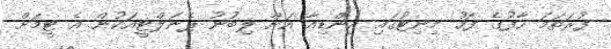
ފުރަތަމަ ހާފުގެ ފަހު މިނިޓުގައި އިންޑިއާ އަށް ލިބުނު ޕެނަލްޓީއަކުން އެ ޓީމަށް